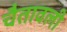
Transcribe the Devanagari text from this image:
चैतावली